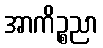
အာကိဉ္စညာ